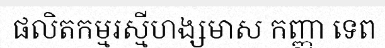
ផលិតកម្មរស្មីហង្សមាស កញ្ញា ទេព